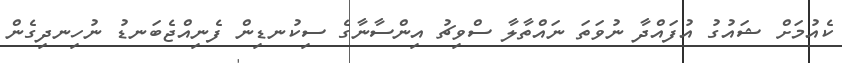
ކެއުމަށް ޝައުގު އުފައްދާ ނުވަތަ ނައްތާލާ ސްވިޗު އިންސާނާގެ ސިކުނޑިން ފެނިއްޖެބަނޑު ނުހިނދިގެން